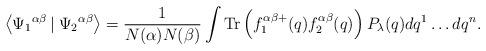
LaTeX: \begin{align*}\left\langle \Psi_{1}{}^{\alpha \beta}\left|\right.\Psi_{2}{}^{\alpha \beta}\right\rangle=\frac{1}{N(\alpha)N(\beta)}\int {\rm Tr}\left(f_{1}^{\alpha \beta +}(q) f_{2}^{\alpha\beta}(q)\right)P_{\lambda}(q)dq^{1}\ldots dq^{n}. \end{align*}